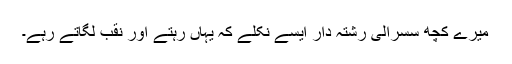
میرے کچھ سسرالی رشتہ دار ایسے نکلے کہ یہاں رہتے اور نقب لگاتے رہے۔